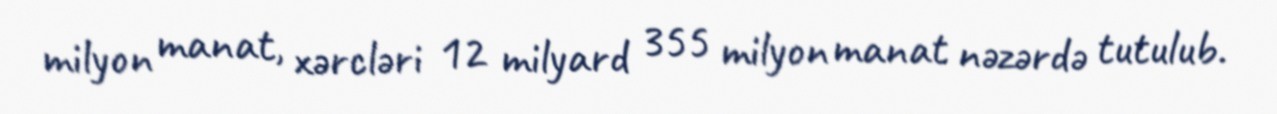
milyon manat, xərcləri 12 milyard 355 milyon manat nəzərdə tutulub.